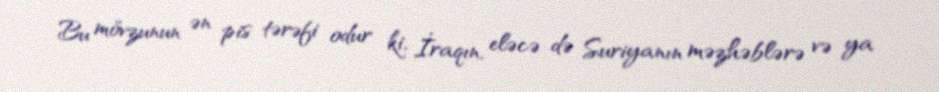
Bu mövzunun ən pis tərəfi odur ki, İraqın, eləcə də Suriyanın məzhəblərə və ya